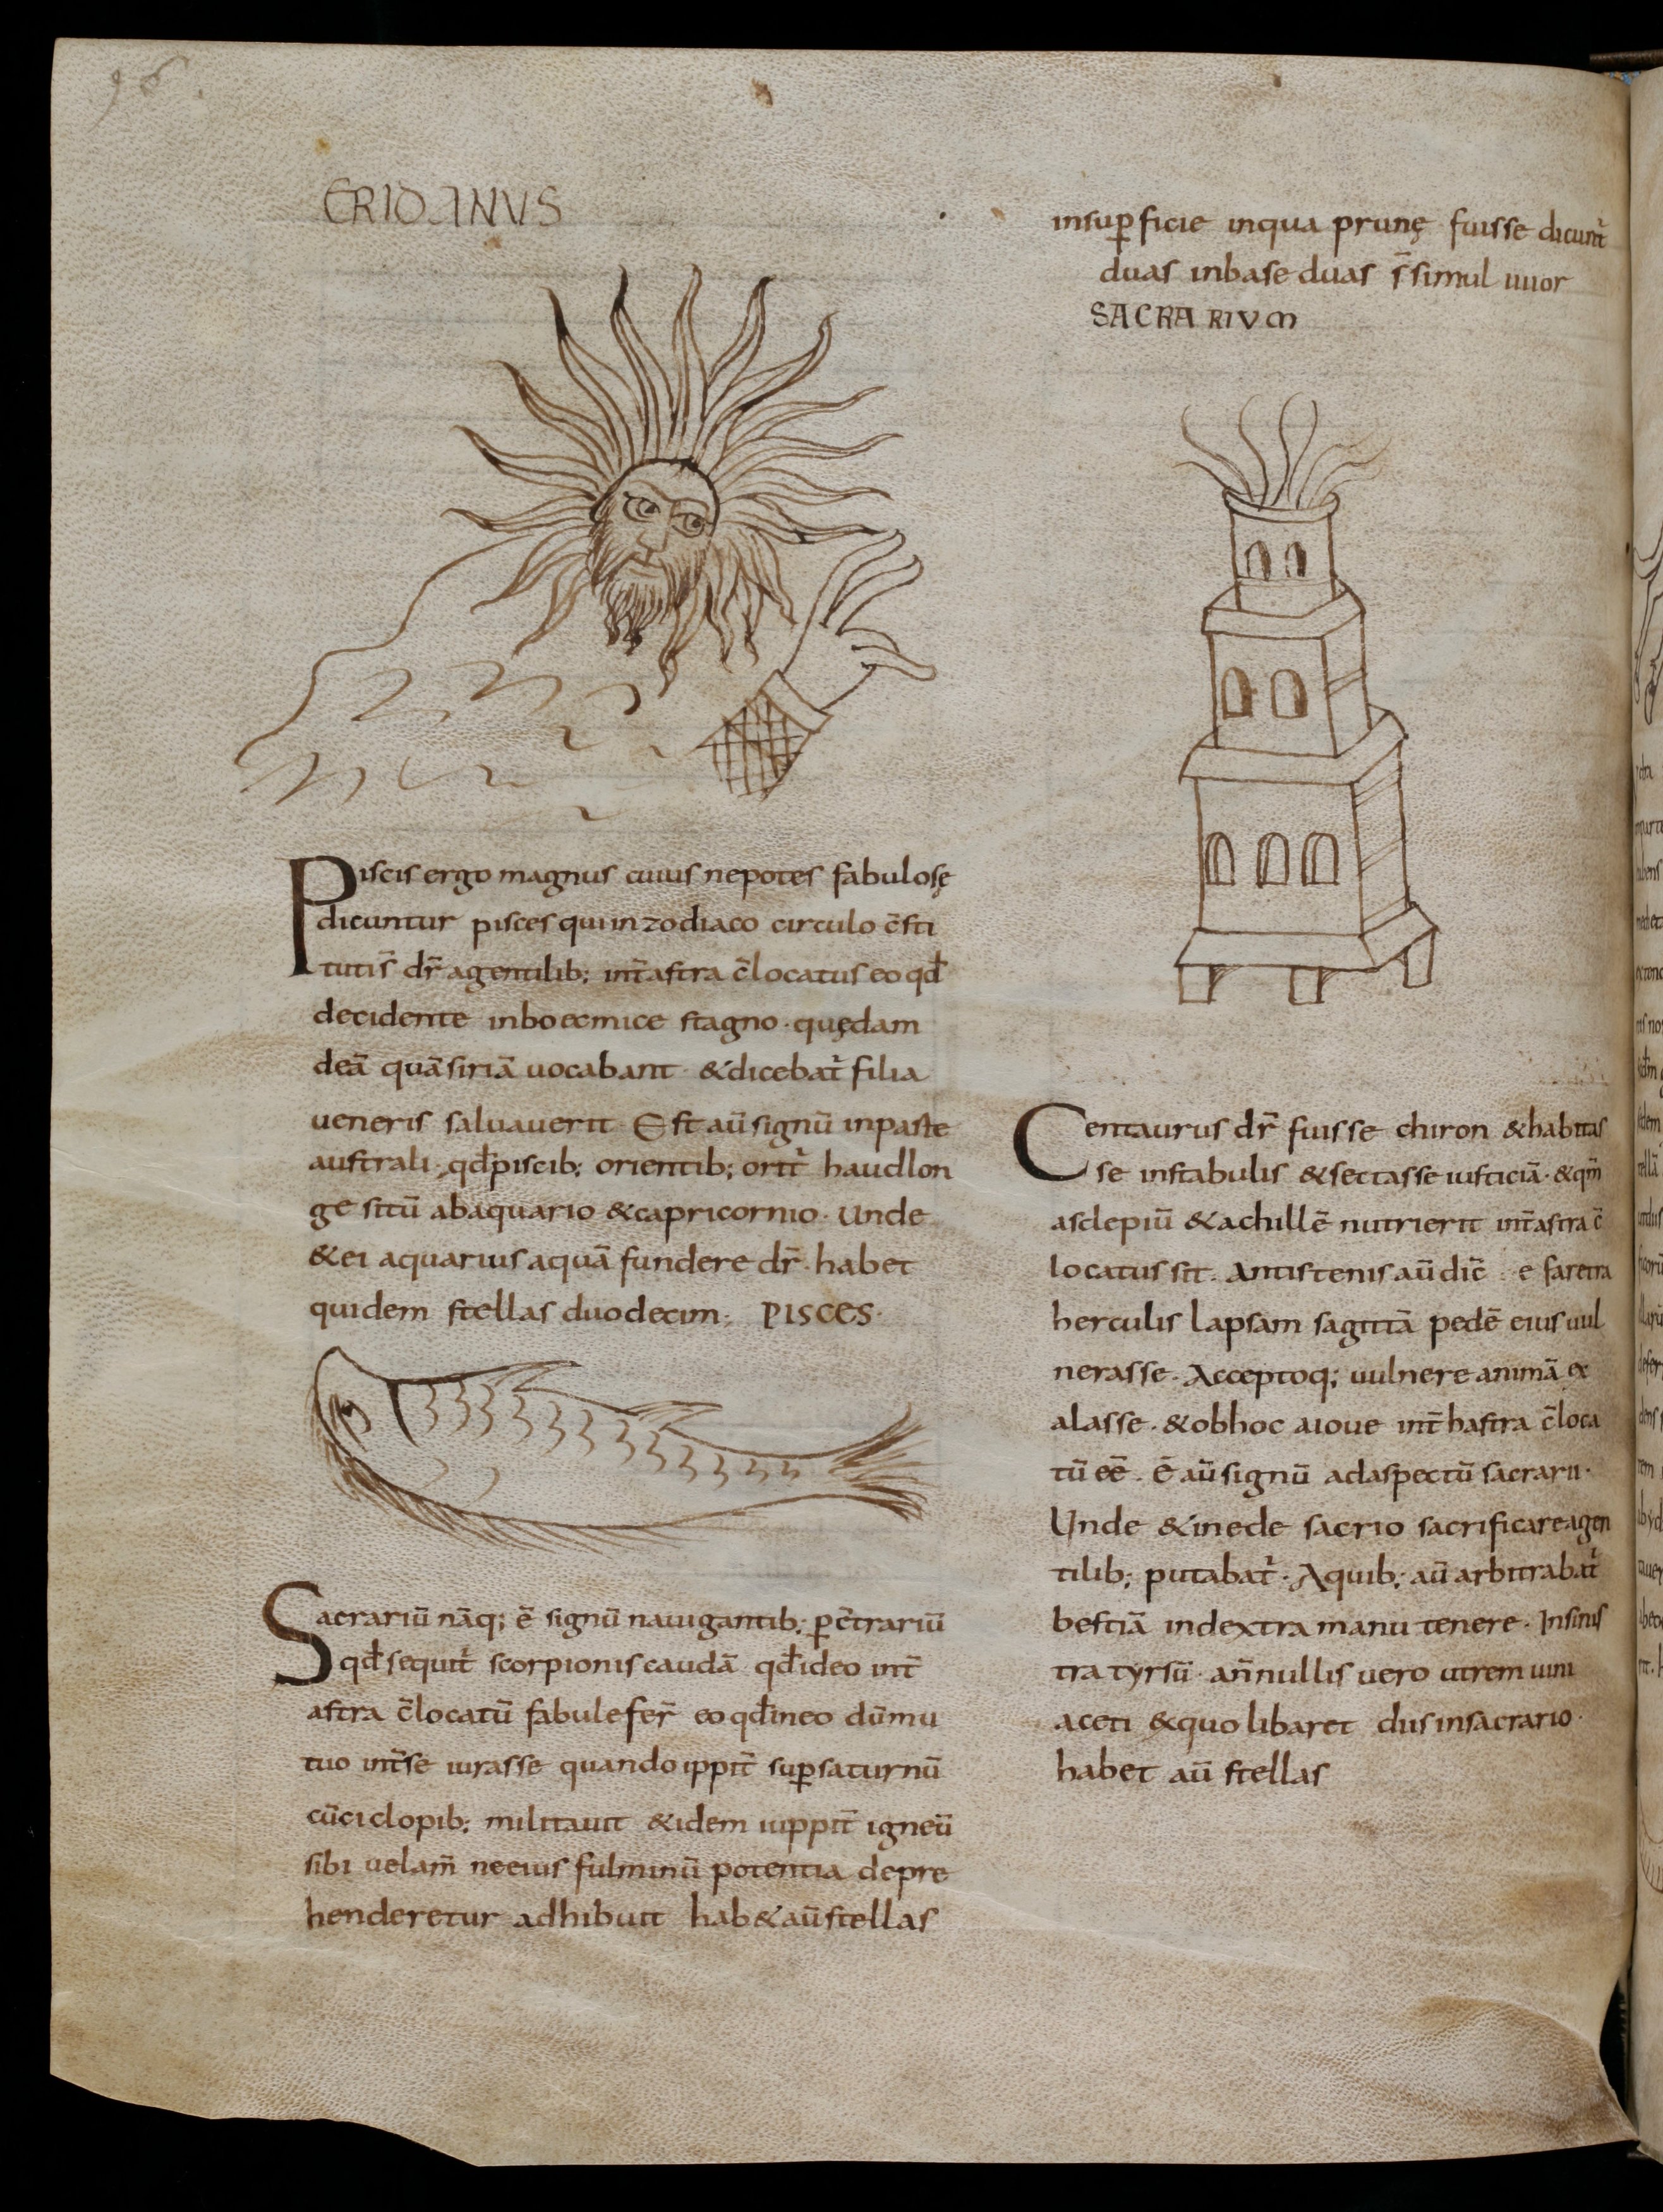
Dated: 800–899